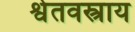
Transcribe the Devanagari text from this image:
श्वेतवस्त्राय